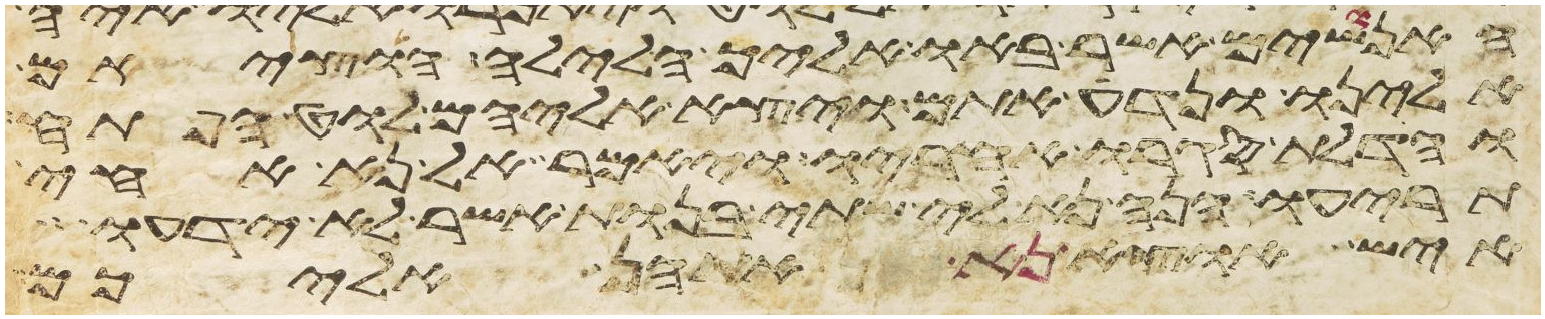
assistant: האנושים אשר באו אליך הלילה הוציאם
אלינו ונדע אתם ויצא אליהם לוט הפתח
והדלת סגרו אחריו ויאמר אל נא אחי
תריעו הנה נא לי שתי בנות אשר לא ידעו
איש הוציא נא אתהן אליכם